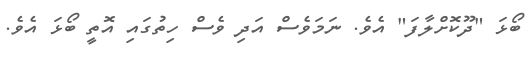
ބޯޅަ "ދޫކޮށްލާފަ" އެވެ. ނަމަވެސް އަދި ވެސް ހިތުގައި އޮތީ ބޯޅަ އެވެ.